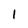
Character: 1